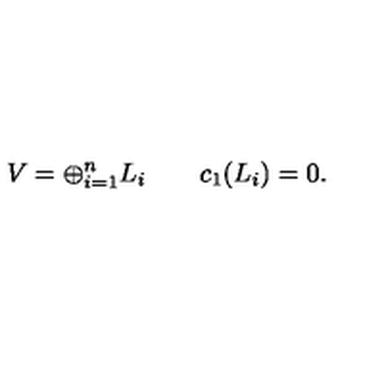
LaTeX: V = \oplus _ { i = 1 } ^ { n } L _ { i } \qquad c _ { 1 } ( L _ { i } ) = 0 .